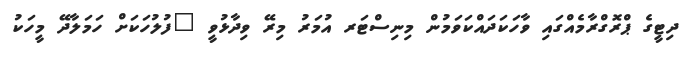
ދިޓީގެ ޕްރޮގްރާމެއްގައި ވާހަކަދައްކަވަމުން މިނިސްޓަރ އުމަރު މިރޭ ވިދާޅުވީ "ފުލުހަކަށް ހަމަލާދޭ މީހަކު